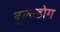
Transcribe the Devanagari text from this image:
बुल्ल्डोग